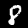
Digit: 8